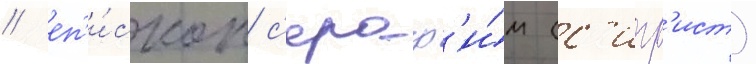
/ еп'и́скоп с'ераф'и́м (с'игр'ист)